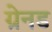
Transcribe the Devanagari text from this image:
ग्रेनड